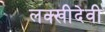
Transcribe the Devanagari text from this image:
लक्खीदेवी